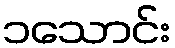
၁သောင်း